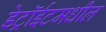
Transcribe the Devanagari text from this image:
डेट्रॉईटमधील